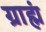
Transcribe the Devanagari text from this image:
ग्राह्मं